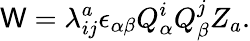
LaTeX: \mathsf{W}=\lambda_{ij}^{a}\epsilon_{\alpha\beta}Q_{\alpha}^{i}Q_{\beta}^{j}Z_{a}.